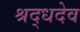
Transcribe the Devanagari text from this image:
श्रद्धदेव